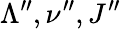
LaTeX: \Lambda^{\prime\prime},\nu^{\prime\prime},J^{\prime\prime}